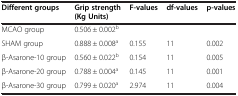
| Different groups | Grip strength | F-values | df-values | p-values |
 |  | (Kg Units) |  |  |  |
 | --- | --- | --- | --- | --- |
 | MCAO group | 0.506 ± 0.002b |  |  |  |
 | SHAM group | 0.888 ± 0.008a | 0.155 | 11 | 0.002 |
 | β-Asarone-10 group | 0.560 ± 0.022b | 0.154 | 11 | 0.005 |
 | β-Asarone-20 group | 0.788 ± 0.004a | 0.145 | 11 | 0.001 |
 | β-Asarone-30 group | 0.799 ± 0.020a | 2.974 | 11 | 0.004 |